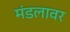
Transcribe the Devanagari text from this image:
मंडलावर